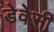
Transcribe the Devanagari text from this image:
डेवेसी